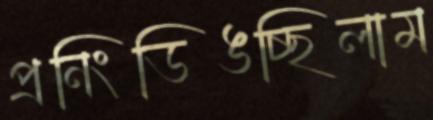
প্রনিংডিঙচ্ছিলাম